Annual report on the health of the army in India
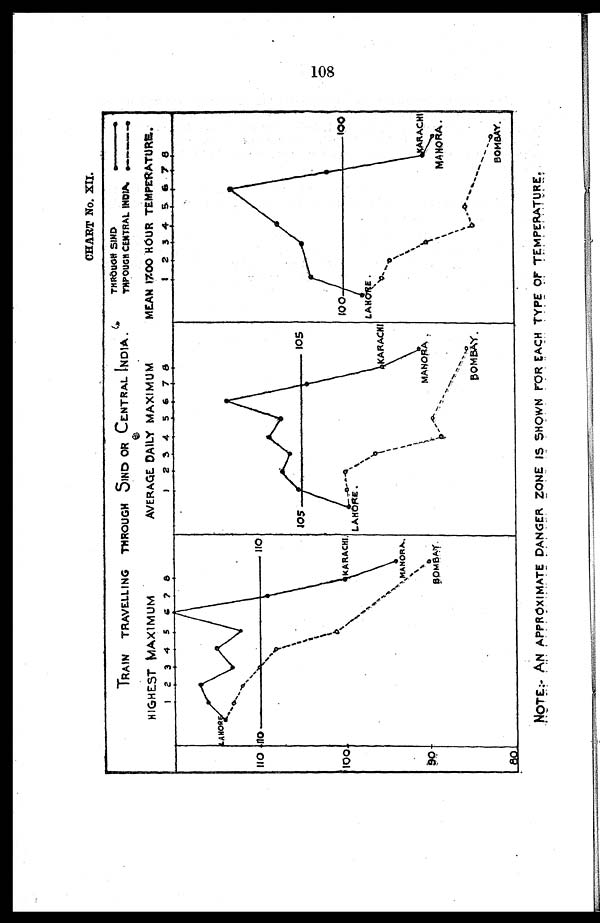
108
LAHORE.
CHART No. XII.
TRAIN TRAVELLING THROUGH SIND OR CENTRAL INDIA.
THROUGH SIND—
T H P O U G H C E N T R A L
I N D I A . —
HIGHEST MAXIMUM
AVERAGE DAILY MAXIMUM
MEAN 17.00 HOUR TEMPERATURE.
LAHORE
KARACH
ANORA
.
B O M B A Y .
KARACHI
MANORA
B0MBAY.
LAHORE
KARACHI
MANO
RA.
BOMBAY.
NOTR:- AN APPROXIMATE DANGER ZONE IS SHOWN FOR EACH TYPE OF TEMPERATURE.